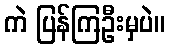
ကဲ ပြန်ကြဦးမှပဲ။